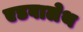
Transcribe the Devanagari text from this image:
एडवालेथ